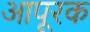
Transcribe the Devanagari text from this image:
आपूरक